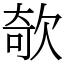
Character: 欹